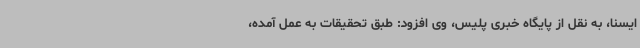
ایسنا، به نقل از پایگاه خبری پلیس، وی افزود: طبق تحقیقات به عمل آمده،